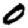
Digit: 0